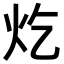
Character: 𪸏